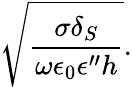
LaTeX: \sqrt{\frac{\sigma\delta_{S}}{\omega\epsilon_{0}\epsilon^{\prime\prime}h}}.